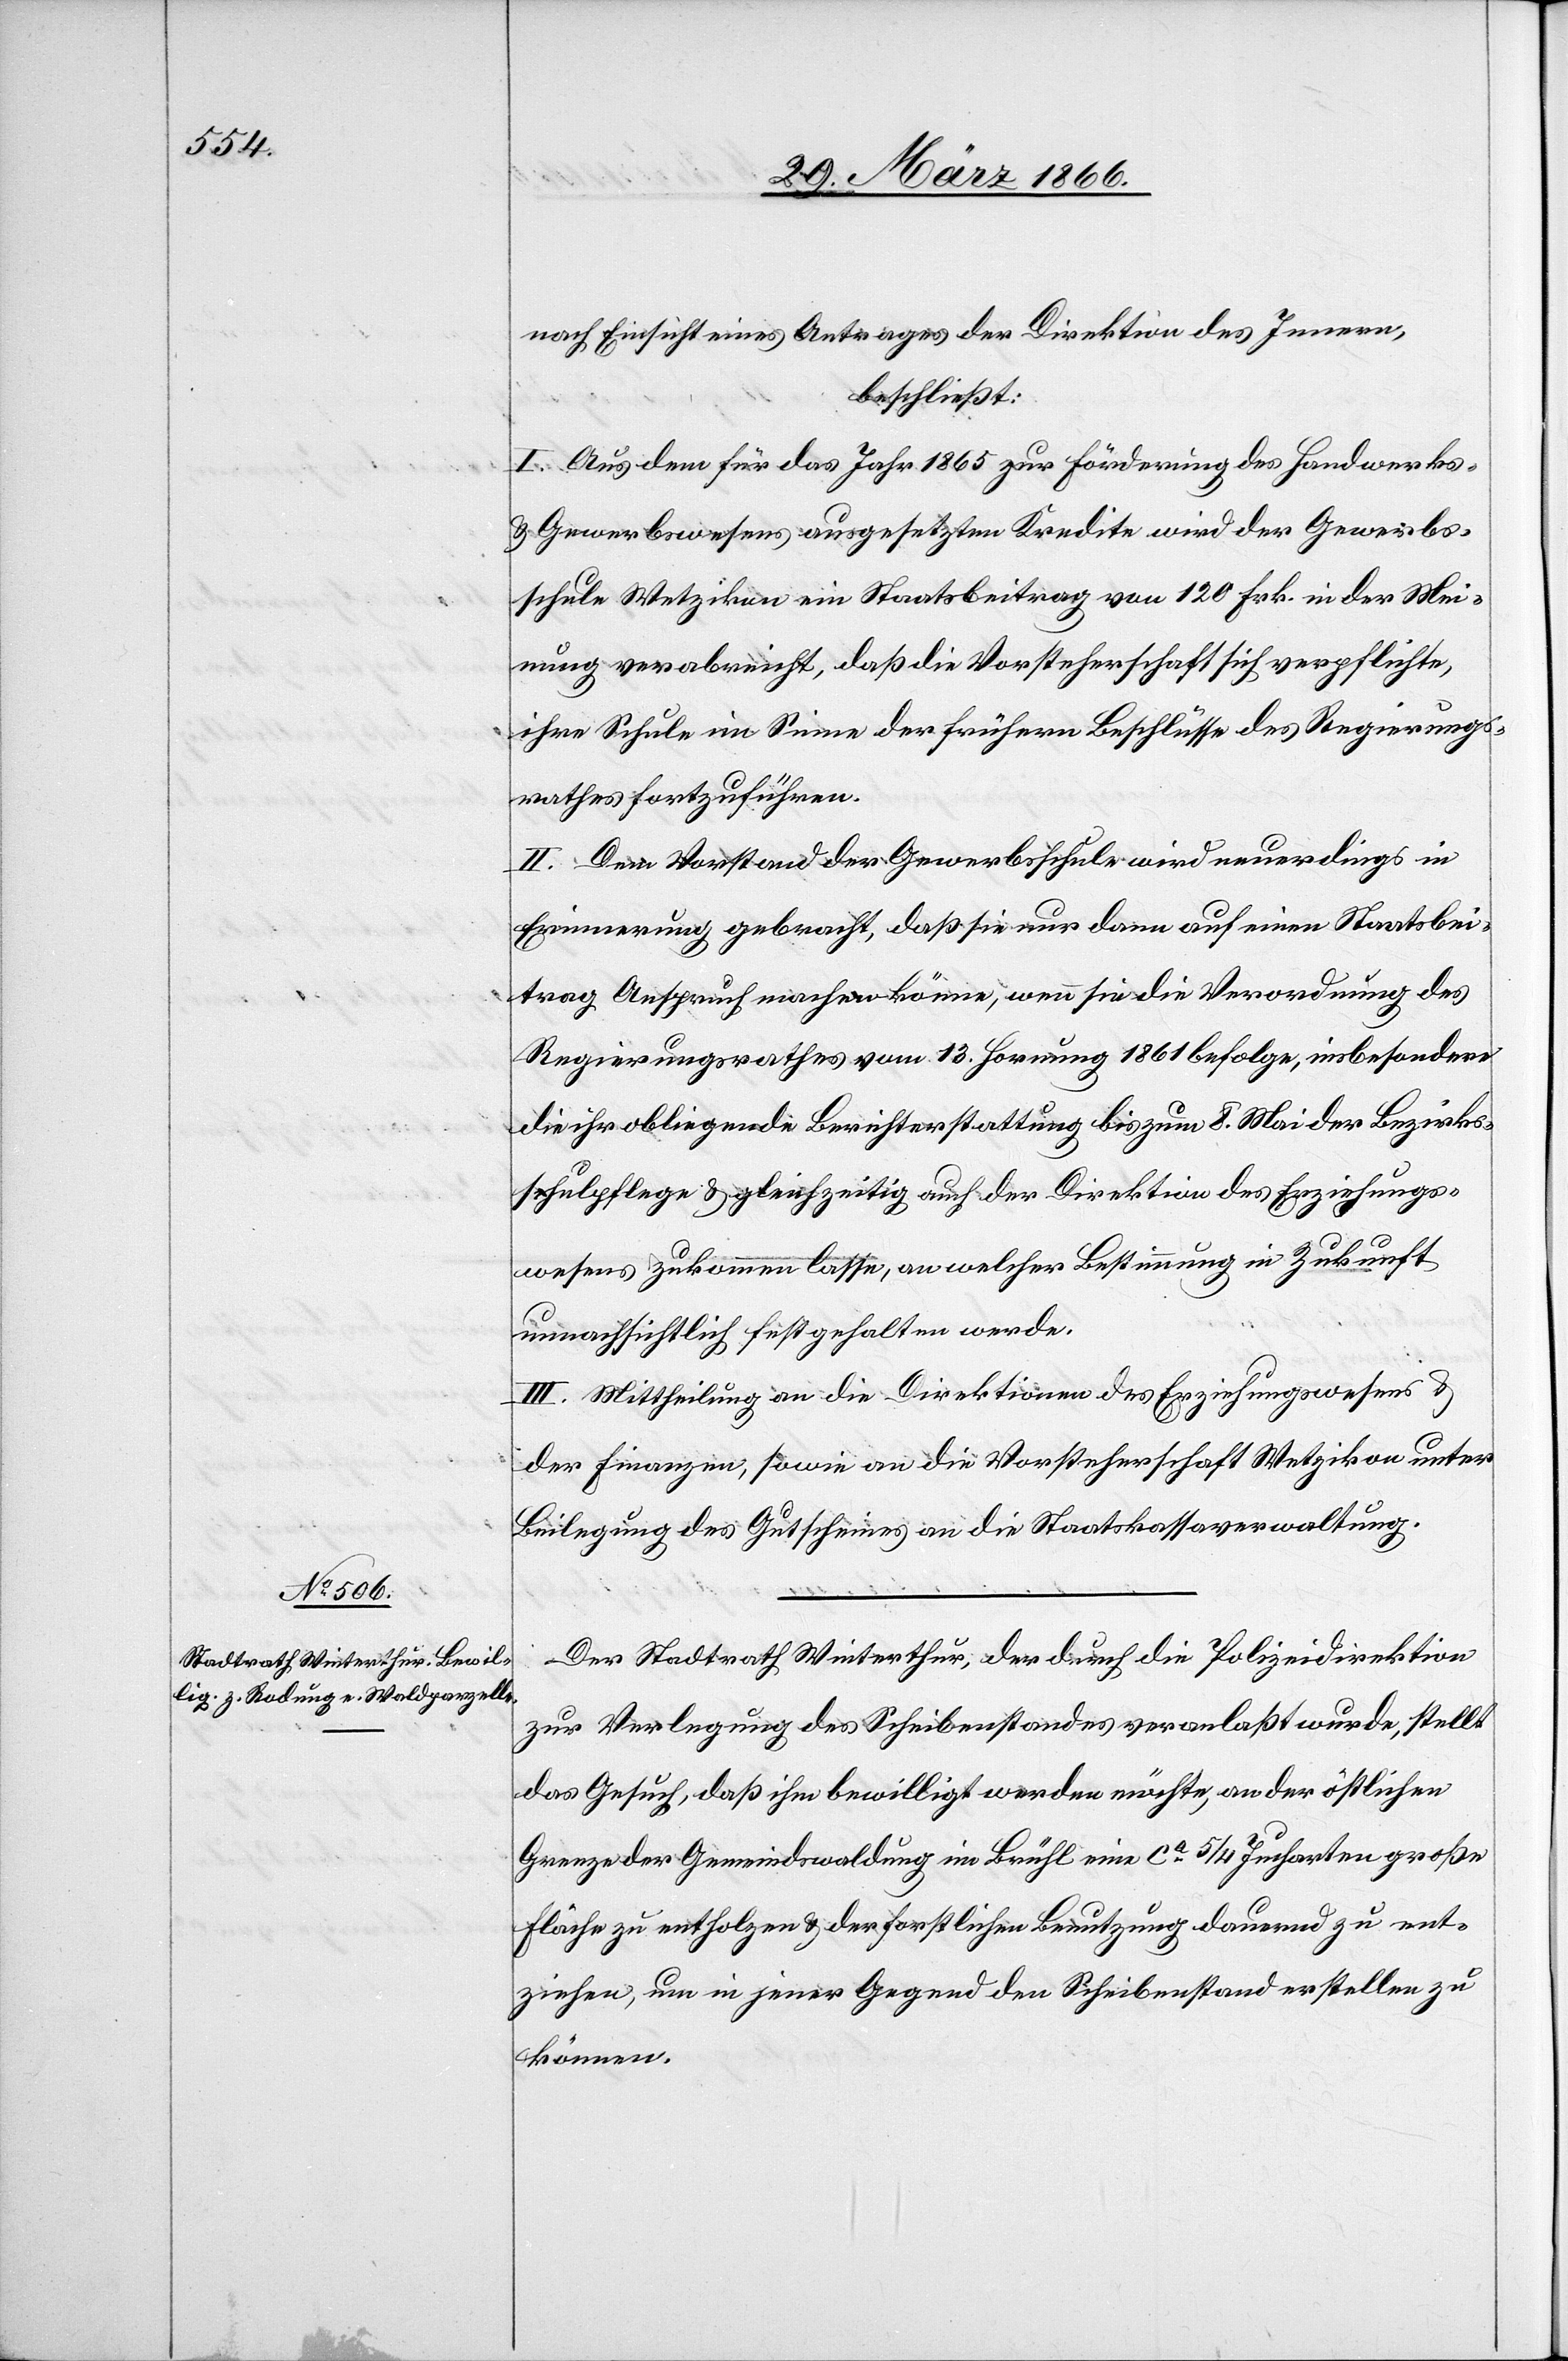
nach Einsicht eines Antrages der Direktion des Innern,
beschließt:
I. Aus dem für das Jahr 1865 zur Förderung des Handwerks-
u. Gewerbewesens ausgesetzten Kredite wird der Gewerbs¬
schule Wetzikon ein Staatsbeitrag von 120 Frk. in der Mei¬
nung verabreicht, daß die Vorsteherschaft sich verpflichtet,
ihre Schule im Sinne der frühern Beschlüsse des Regierungs¬
rathes fortzuführen.
II. Dem Vorstand der Gewerbsschule wird neuerdings in
Erinnerung gebracht, daß sie nur dann auf einen Staatsbei¬
trag Anspruch machen könne, wenn sie die Verordnung des
Regierungsrathes vom 13. Hornung 1861 befolge, insbesondere
die ihr obliegende Berichterstattung bis zum 8. Mai der Bezirks¬
schulpflege zukommen lasse, an welcher Bestimmung in Zukunft
unnachsichtlich festgehalten werde.
III. Mittheilung an die Direktionen des Erziehungswesens u.
der Finanzen, sowie an die Vorsteherschaft Wetzikon unter
Beilegung des Gutscheines an die Staatskassenverwaltung.
Der Stadtrath Winterthur, der durch die Polizeidirektion
zur Verlegung des Scheibenstandes veranlaßt wurde, stellt
das Gesuch, daß ihm bewilligt werden möchte, an der östlichen
Grenze der Gemeindwaldung im Brühl eine ca. 5/4 Jucharten große
Fläche zu entholzen u. der forstlichen Benutzung dauernd zu ent¬
ziehen, um in jener Gegend den Scheibenstand erstellen zu
können.